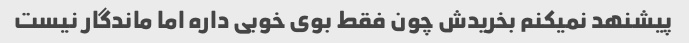
پیشنهد نمیکنم بخریدش چون فقط بوی خوبی داره اما ماندگار نیست